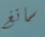
سانغ